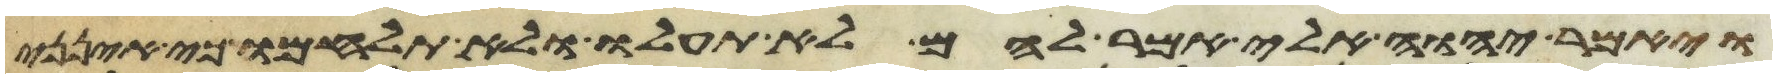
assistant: ויאמר יהוה אלי אמר להם לא תעלו ולא תלחמו כי אינני